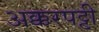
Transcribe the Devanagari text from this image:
अक्करपट्टी